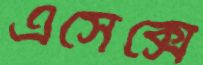
এসেক্সে